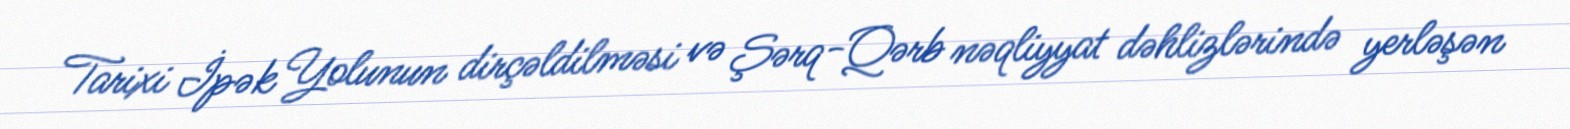
Tarixi İpək Yolunun dirçəldilməsi və Şərq-Qərb nəqliyyat dəhlizlərində yerləşən